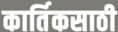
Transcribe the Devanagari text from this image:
कार्तिकसाठी